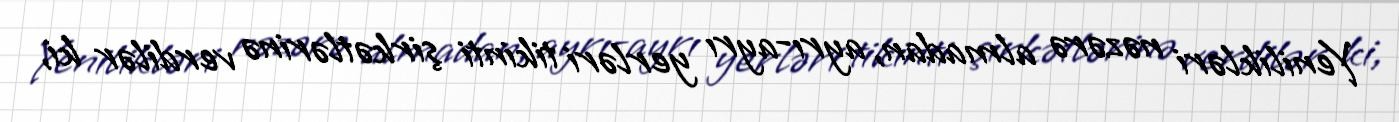
Yenilikləri nəzərə almadan, ayrı-ayrı yerləri tikinti şirkətlərinə verdilər ki,